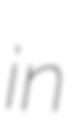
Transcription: in